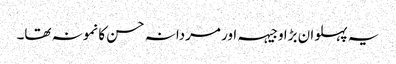
یہ پہلوان بڑا وجیہہ اور مردانہ حسن کا نمونہ تھا۔